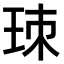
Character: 𤤹